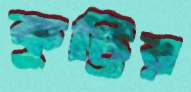
কুট্টির